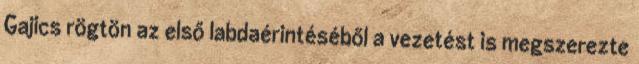
Gajics rögtön az első labdaérintéséből a vezetést is megszerezte